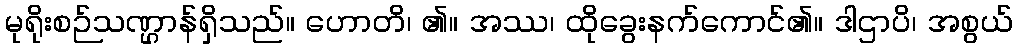
မုရိုးစဉ်သဏ္ဌာန်ရှိသည်။ ဟောတိ၊ ၏။ အဿ၊ ထိုခွေးနက်ကောင်၏။ ဒါဌာပိ၊ အစွယ်